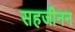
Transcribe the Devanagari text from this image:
सहजीनन